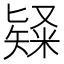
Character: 𥻊